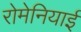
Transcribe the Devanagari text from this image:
रोमेनियाई